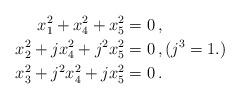
LaTeX: \begin{align*} x_1^2 + x_4^2 + x_5^2 &= 0 \, , \\ x_2^2 + j x_4^2 + j^2 x_5^2 &= 0 \, , (j^3=1.) \\ x_3^2 + j^2 x_4^2 + j x_5^2 &= 0 \, . \end{align*}